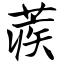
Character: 蒺